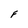
Character: F